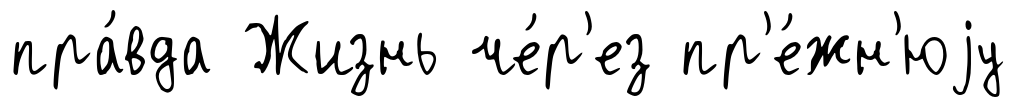
пра́вда Жизнь че́р'ез пр'е́жн'юjу